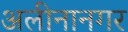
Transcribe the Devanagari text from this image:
अलीनानगर